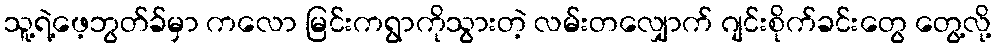
သူ့ရဲ့ဖေ့ဘွတ်ခ်မှာ ကလော မြင်းကရွာကိုသွားတဲ့ လမ်းတလျှောက် ဂျင်းစိုက်ခင်းတွေ တွေ့လို့